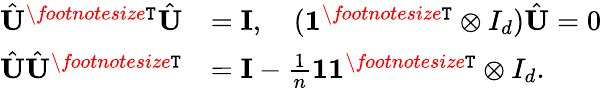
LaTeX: \begin{array}{rl}{\hat{{\mathbf{U}}}^{\textit{\footnotesize\texttt{T}}}\hat{{\mathbf{U}}}}&{={\mathbf{I}},\quad(\mathbf{1}^{\textit{\footnotesize\texttt{T}}}\otimes I_{d})\hat{{\mathbf{U}}}=0}\\ {\hat{{\mathbf{U}}}\hat{{\mathbf{U}}}^{\textit{\footnotesize\texttt{T}}}}&{={\mathbf{I}}-\frac{1}{n}\mathbf{1}\mathbf{1}^{\textit{\footnotesize\texttt{T}}}\otimes I_{d}.}\end{array}